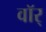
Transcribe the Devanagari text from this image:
वॉर्